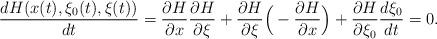
LaTeX: \begin{align*}\frac{dH(x(t),\xi_0(t),\xi(t))}{dt}=\frac{\partial H}{\partial x}\frac{\partial H}{\partial \xi}+\frac{\partial H}{\partial \xi}\Big(-\frac{\partial H}{\partial x}\Big)+\frac{\partial H}{\partial\xi_0}\frac{d\xi_0}{dt}=0.\end{align*}